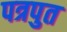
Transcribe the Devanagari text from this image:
पत्रपुत